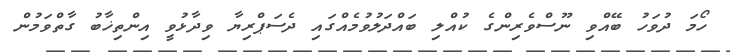
ހޯމަ ދުވަހު ބޭއްވި ނޫސްވެރިންގެ ކުއްލި ބައްދަލުވުމެއްގައި ދެސަޕްރިޔާ ވިދާޅުވީ އިންތިޚާބު ގާތްވަމުން